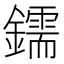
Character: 鑐